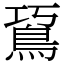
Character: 䲾